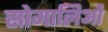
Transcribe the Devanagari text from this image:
सोमालिओं